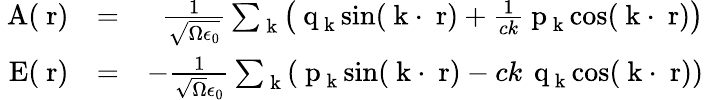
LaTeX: \begin{array}{rlr}{\mathrm{\mathbf~A}(\mathrm{\mathbf~r})}&{=}&{\frac{1}{\sqrt{\Omega\epsilon_{0}}}\sum_{\mathrm{\mathbf~k}}\left(\mathrm{\mathbf~q}_{\mathrm{\mathbf~k}}\sin(\mathrm{\mathbf~k}\cdot\mathrm{\mathbf~r})+\frac{1}{ck}\mathrm{\mathbf~p}_{\mathrm{\mathbf~k}}\cos(\mathrm{\mathbf~k}\cdot\mathrm{\mathbf~r})\right)}\\ {\mathrm{\mathbf~E}(\mathrm{\mathbf~r})}&{=}&{-\frac{1}{\sqrt{\Omega}\epsilon_{0}}\sum_{\mathrm{\mathbf~k}}\left(\mathrm{\mathbf~p}_{\mathrm{\mathbf~k}}\sin(\mathrm{\mathbf~k}\cdot\mathrm{\mathbf~r})-ck\, \mathrm{\mathbf~q}_{\mathrm{\mathbf~k}}\cos(\mathrm{\mathbf~k}\cdot\mathrm{\mathbf~r})\right)}\end{array}